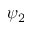
\psi _ { 2 }